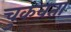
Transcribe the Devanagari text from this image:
चुकवता